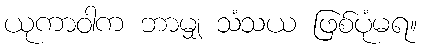
ယုကာဝါက ဘာမျှ သံသယ ဖြစ်ပုံမရ။